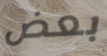
بعض